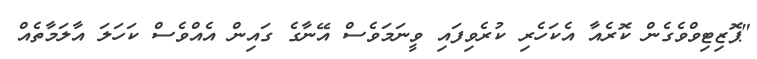
"ޕޮޒިޓިވްވެގެން ކޮރެއާ އެކަހެރި ކުރެވިފައި ވީނަމަވެސް އޭނާގެ ގައިން އެއްވެސް ކަހަލަ އާލަމާތެއް